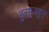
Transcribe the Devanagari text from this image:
हुरमुजहून